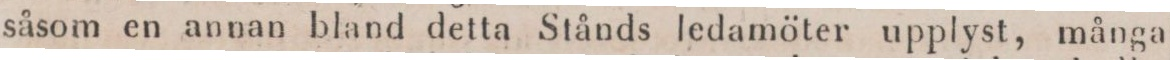
såsom en annan bland detta Stånds ledamöter upplyst, många